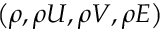
\left( \rho , \rho U , \rho V , \rho E \right)